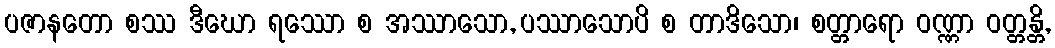
ပဇာနတော စဿ ဒီဃော ရဿော စ အဿာသော, ပဿာသောပိ စ တာဒိသော၊ စတ္တာရော ဝဏ္ဏာ ဝတ္တန္တိ,